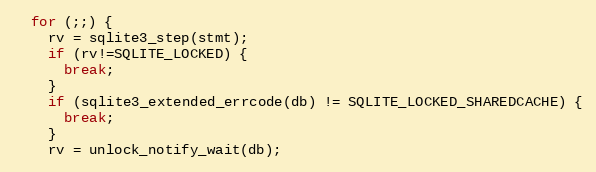
Language: C
  for (;;) {
    rv = sqlite3_step(stmt);
    if (rv!=SQLITE_LOCKED) {
      break;
    }
    if (sqlite3_extended_errcode(db) != SQLITE_LOCKED_SHAREDCACHE) {
      break;
    }
    rv = unlock_notify_wait(db);